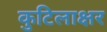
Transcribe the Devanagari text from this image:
कुटिलाक्षर